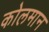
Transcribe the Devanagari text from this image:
कोलमान